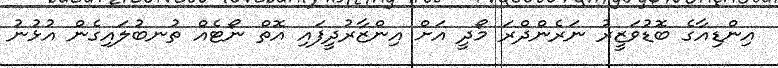
އިންޑިއާގެ ބޮޑުވަޒީރު ނަރެންދްރަ މޯދީ އަށް އިންޒާރުދީފައި އޮތް ނޯޓެއް ތުނބުލައިގެން އުޅުނު